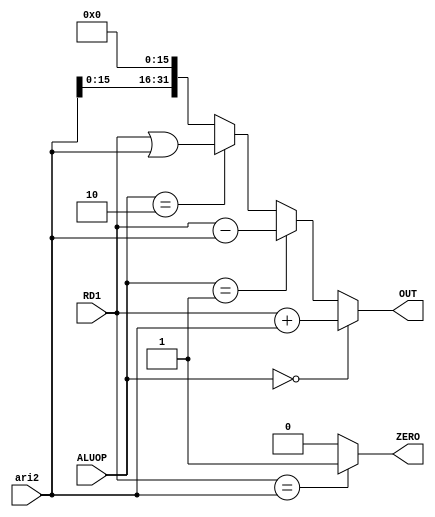
`timescale 1ns / 1ps
//////////////////////////////////////////////////////////////////////////////////
// Company: 
// Engineer: 
// 
// Design Name: 
// Module Name:    ALU 
// Project Name: 
// Target Devices: 
// Tool versions: 
// Description: 
//
// Dependencies: 
//
// Revision: 
// Revision 0.01 - File Created
// Additional Comments: 
//
//////////////////////////////////////////////////////////////////////////////////
module ALU(
    input [31:0] RD1,//GRF
    input [31:0] ari2,//MUX2
    input [2:0] ALUOP,//ctrl
    output [31:0] OUT,
    output ZERO
    );

wire [31:0] ari1;
assign ari1 = RD1;

assign OUT = (ALUOP == 3'b000)? ari1 + ari2:
			    (ALUOP == 3'b001)? ari1 - ari2:
				 (ALUOP == 3'b010)? ari1 | ari2:
				 ari2 << 16;
				 
assign ZERO = (ari1 == ari2)? 1 : 0;

endmodule